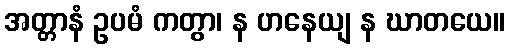
အတ္တာနံ ဥပမံ ကတွာ၊ န ဟနေယျ န ဃာတယေ။